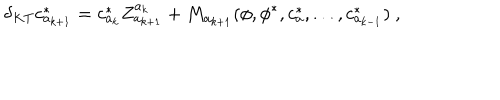
\delta _ { K T } c _ { a _ { k + 1 } } ^ { * } = c _ { a _ { k } } ^ { * } Z _ { a _ { k + 1 } } ^ { a _ { k } } + M _ { a _ { k + 1 } } ( \phi , \phi ^ { * } , c _ { a } ^ { * } , . . . , c _ { a _ { k - 1 } } ^ { * } ) \ ,